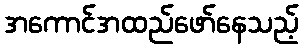
အကောင်အထည်ဖော်နေသည့်